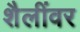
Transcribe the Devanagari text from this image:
शैलींवर